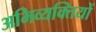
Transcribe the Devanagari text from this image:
अभिव्यक्‍तियों